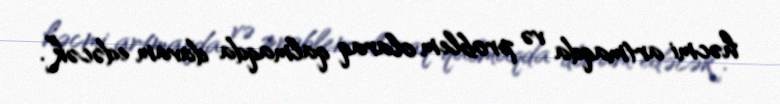
həcmi artmaqda və problem olaraq qalmaqda davam edəcək”.